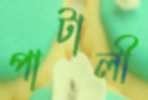
পাটালী